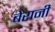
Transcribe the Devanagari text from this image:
बेरानी